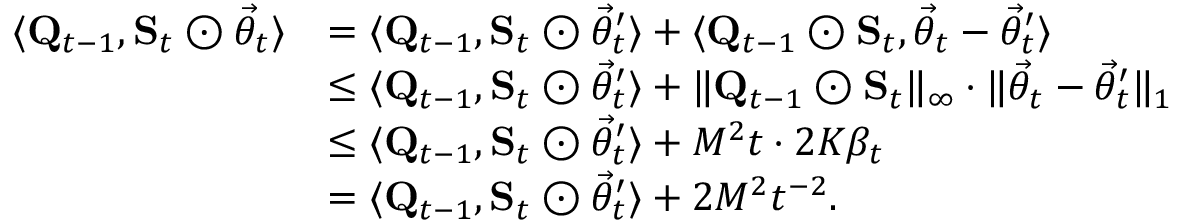
\begin{array} { r l } { \langle \mathbf Q _ { t - 1 } , \mathbf S _ { t } \odot \vec { \theta } _ { t } \rangle } & { = \langle \mathbf Q _ { t - 1 } , \mathbf S _ { t } \odot \vec { \theta } _ { t } ^ { \prime } \rangle + \langle \mathbf Q _ { t - 1 } \odot \mathbf S _ { t } , \vec { \theta } _ { t } - \vec { \theta } _ { t } ^ { \prime } \rangle } \\ & { \le \langle \mathbf Q _ { t - 1 } , \mathbf S _ { t } \odot \vec { \theta } _ { t } ^ { \prime } \rangle + \lVert \mathbf Q _ { t - 1 } \odot \mathbf S _ { t } \rVert _ { \infty } \cdot \lVert \vec { \theta } _ { t } - \vec { \theta } _ { t } ^ { \prime } \rVert _ { 1 } } \\ & { \le \langle \mathbf Q _ { t - 1 } , \mathbf S _ { t } \odot \vec { \theta } _ { t } ^ { \prime } \rangle + M ^ { 2 } t \cdot 2 K \beta _ { t } } \\ & { = \langle \mathbf Q _ { t - 1 } , \mathbf S _ { t } \odot \vec { \theta } _ { t } ^ { \prime } \rangle + 2 M ^ { 2 } t ^ { - 2 } . } \end{array}